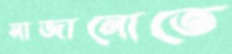
সাজানোতে